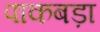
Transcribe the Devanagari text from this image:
पाकबड़ा